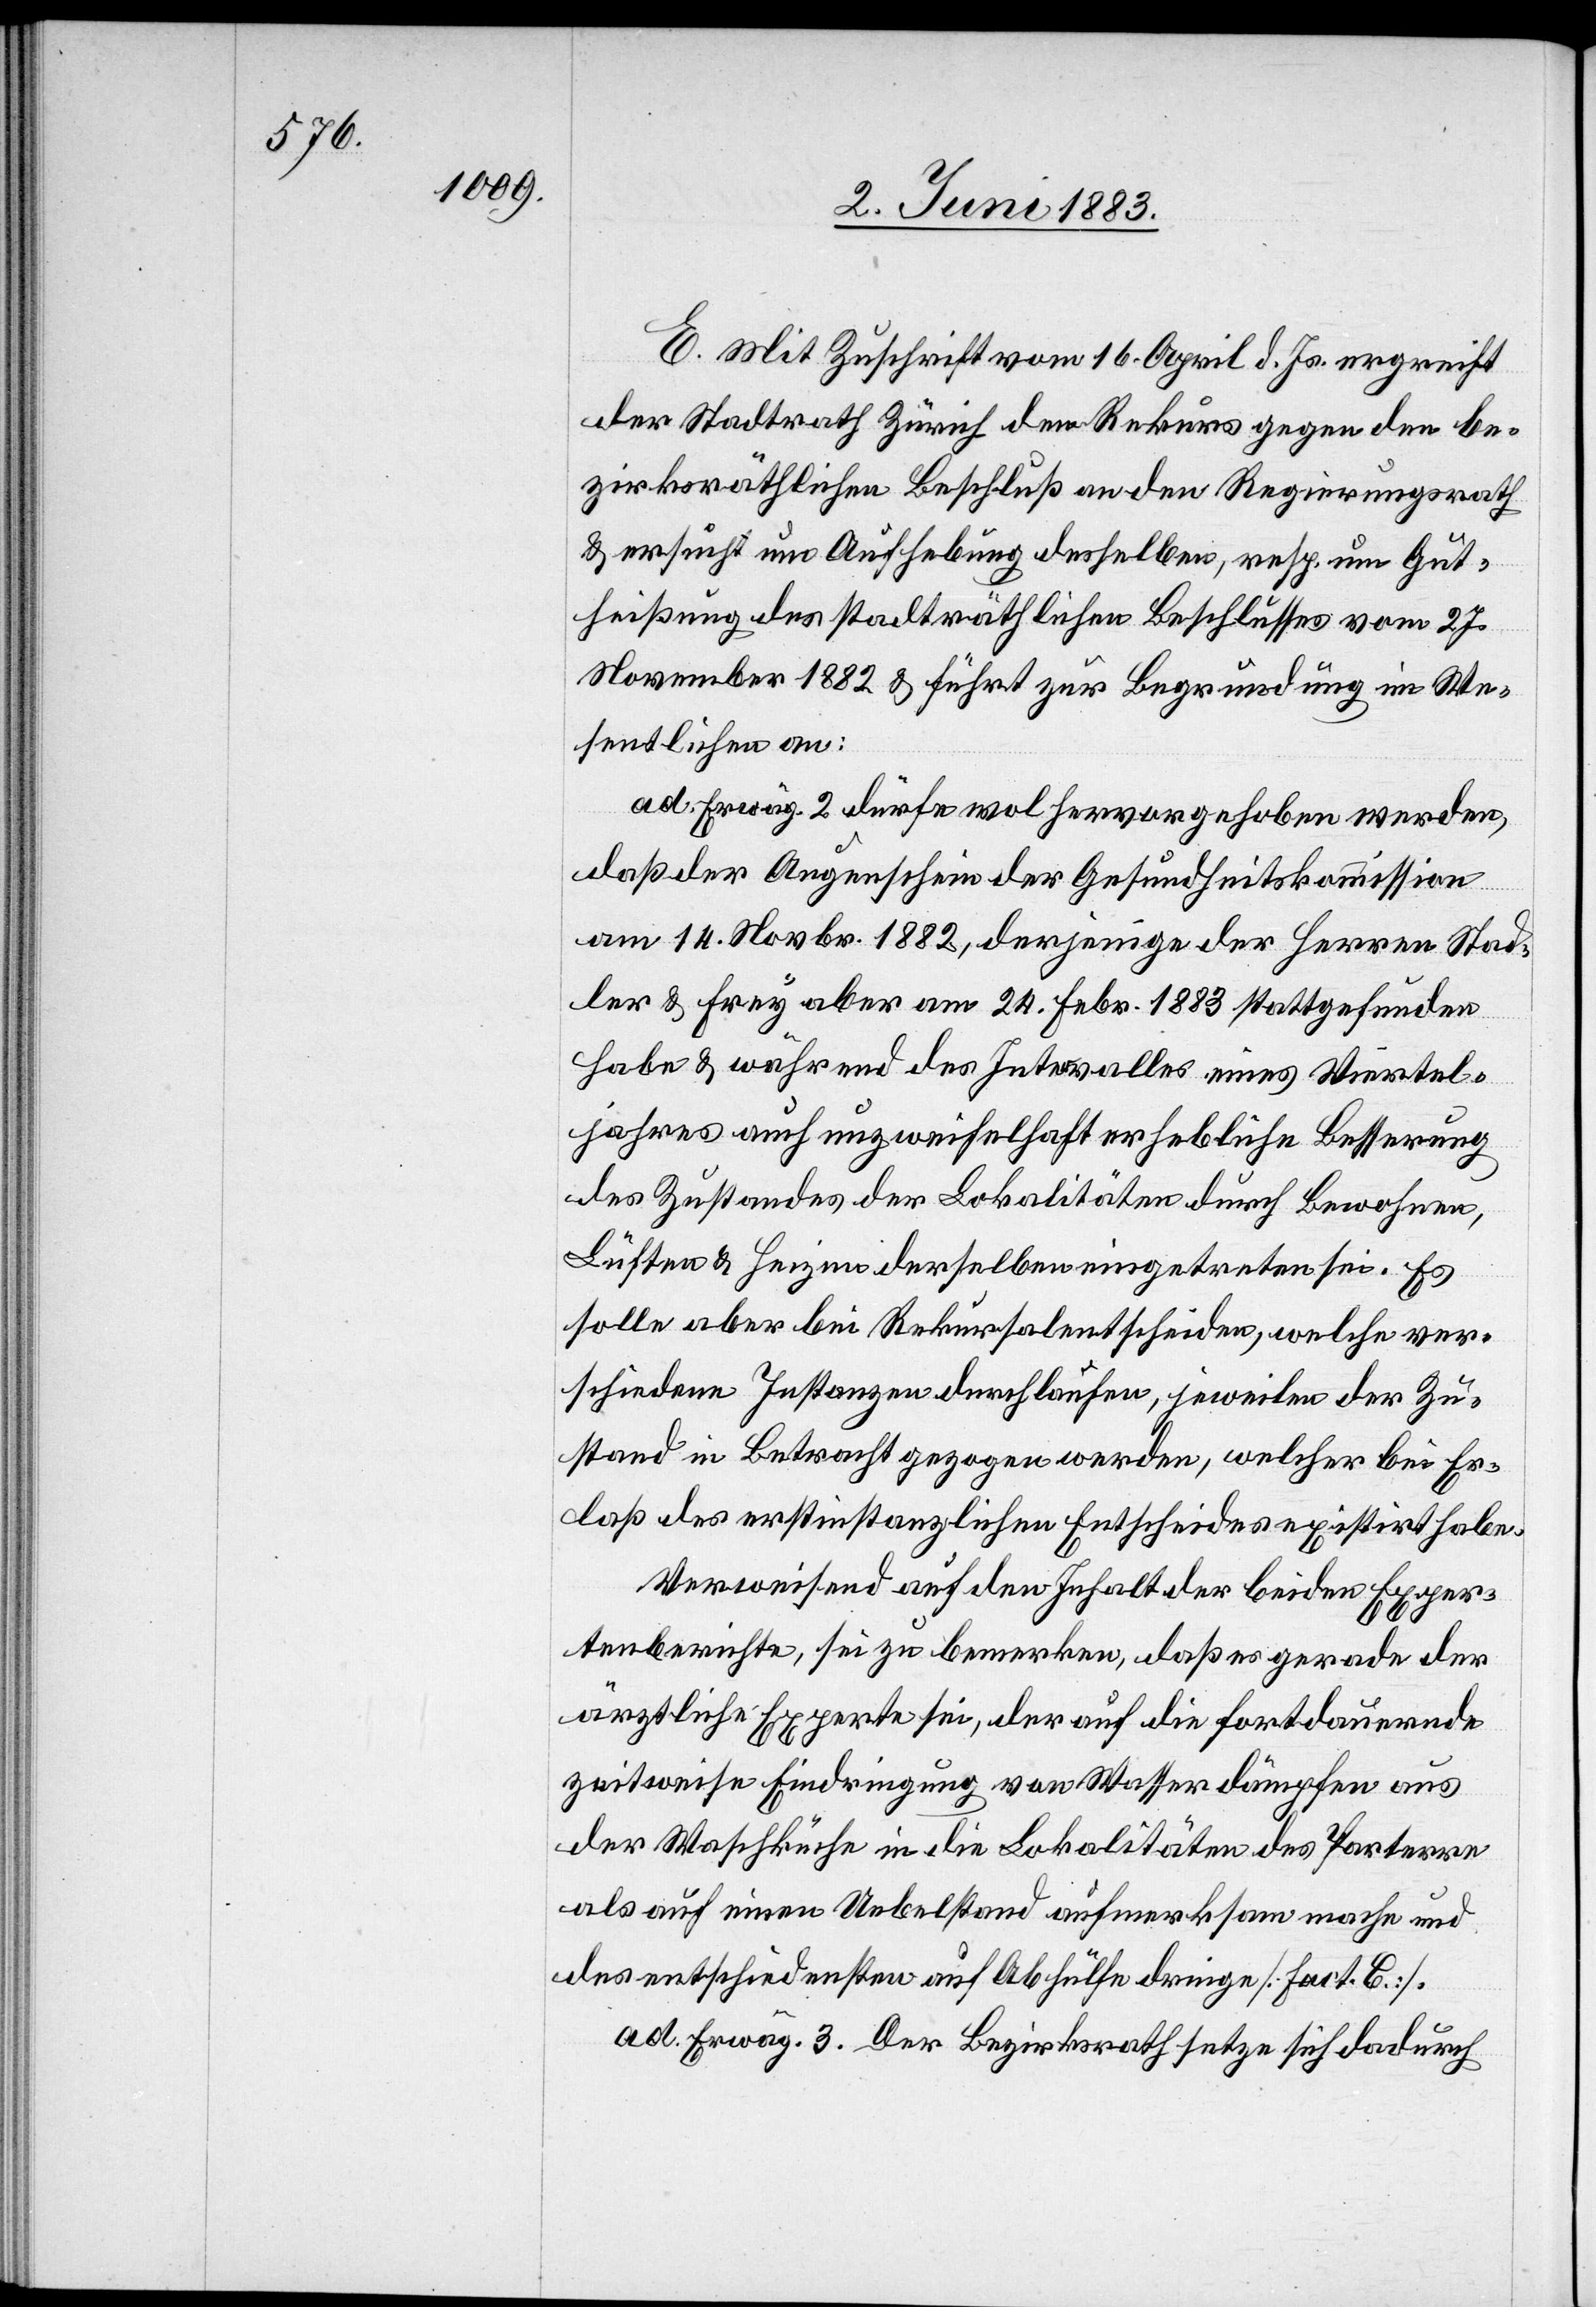
E. Mit Zuschrift vom 16. April d. Js. ergreift
der Stadtrath Zürich den Rekurs gegen den be¬
zirksräthlichen Beschluß an den Regierungsrath
& ersucht um Aufhebung desselben, reps. um Gut¬
heißung des stadträthlichen Beschlusses vom 27.
November 1882 & führt zur Begründung im We¬
sentlichen an:
ad. Erwäg. 2 dürfe wol hervorgehoben werden,
daß der Augenschein der Gesundheitskommission
am 14. Novbr. 1882, derjenige der Herren Stad¬
ler & Frey aber am 24. Febr. 1883 stattgefunden
habe & während des Intervalles eines Viertel¬
jahres auch unzweifelhaft erhebliche Besserung
des Zustandes der Lokalitäten durch Bewohnen,
Lüften & Heizen derselben eingetreten sei. Es
solle aber bei Rekursalentscheiden, welche ver¬
schiedene Instanzen durchlaufen, jeweilen der Zu¬
stand in Betracht gezogen werden, welcher bei Er¬
laß des erstinstanzlichen Entscheides existirt habe.
Verweisend auf den Inhalt der beiden Exper¬
tenberichte, sei zu bemerken, daß er gerade der
ärztliche Experte sei, der auf die fortdauernde
zeitweise Eindringung von Wasserdämpfen aus
der Waschküche in die Lokalitäten des Parterre
als auf einen Uebelstand aufmerksam mache und
des entschiedensten auf Abhülfe dringe [fact. C].
ad Erwäg. 3. Der Bezirksrath setze sich dadurch